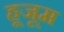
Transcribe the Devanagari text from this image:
हूजूम